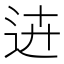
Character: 𨒍